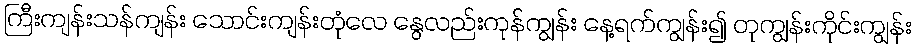
ကြီးကျန်းသန်ကျန်း သောင်းကျန်းတုံလေ နွေလည်းကုန်ကျွန်း နေ့ရက်ကျွန်း၍ တုကျွန်းကိုင်းကျွန်း